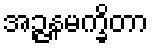
အဉ္ဇနမက္ခိတာ